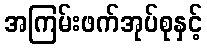
အကြမ်းဖက်အုပ်စုနှင့်